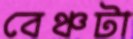
বেঞ্চটা